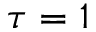
\tau = 1